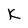
Character: K